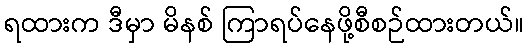
ရထားက ဒီမှာ မိနစ် ကြာရပ်နေဖို့စီစဉ်ထားတယ်။